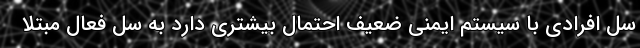
سل افرادی با سیستم ایمنی ضعیف احتمال بیشتری دارد به سل فعال مبتلا